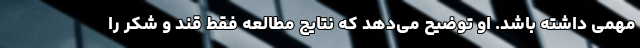
مهمی داشته باشد. او توضیح می‌دهد که نتایج مطالعه فقط قند و شکر را